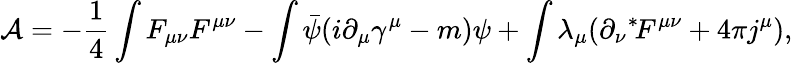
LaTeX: {\cal A}=-\frac{1}{4}\int F_{\mu\nu}F^{\mu\nu}-\int\bar{\psi}(i\partial_{\mu}\gamma^{\mu}-m)\psi+\int\lambda_{\mu}(\partial_{\nu}\mathrm{}^{*}\! F^{\mu\nu}+4\pi j^{\mu}),